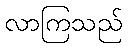
လာကြသည်